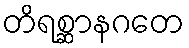
တိရစ္ဆာနဂတေ